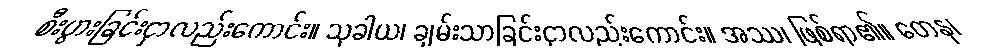
စီးပွားခြင်းငှာလည်းကောင်း။ သုခါယ၊ ချမ်းသာခြင်းငှာလည်းကောင်း။ အဿ၊ ဖြစ်ရာ၏။ တေန၊